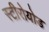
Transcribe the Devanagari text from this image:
स्टीरोयोड